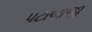
પટાબાજી